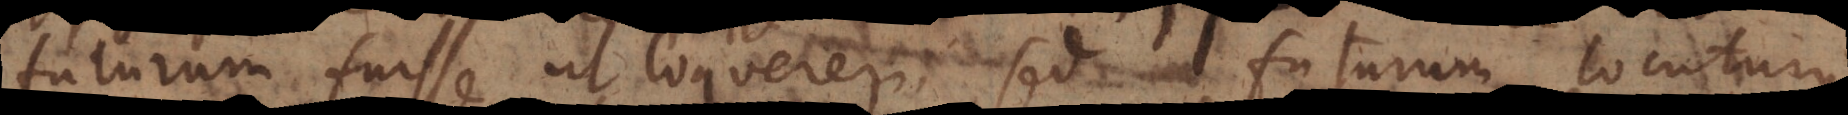
futurum fuisse ut loquerem, sed futurum locuturus